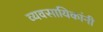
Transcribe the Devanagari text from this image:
व्यवसायिकांनी